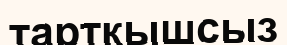
тарткышсыз